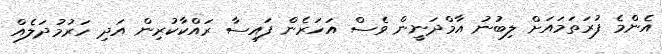
އެންމެ ފުރަތަމައަށް ލިބުނު އާމްދަނީން ވެސް އަހަރެން ފައިސާ ރައްކާކުރިން އަދި ހަރުމުދަލެއް